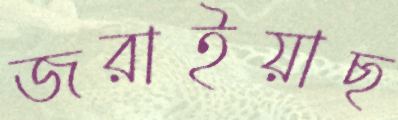
জরাইয়াছ